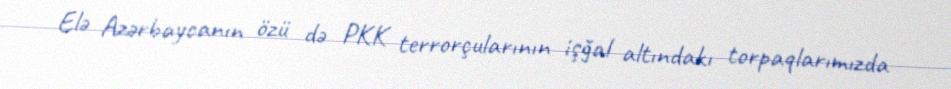
Elə Azərbaycanın özü də PKK terrorçularının işğal altındakı torpaqlarımızda